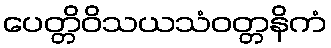
ပေတ္တိဝိသယသံဝတ္တနိကံ